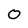
Character: 0